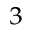
_ 3